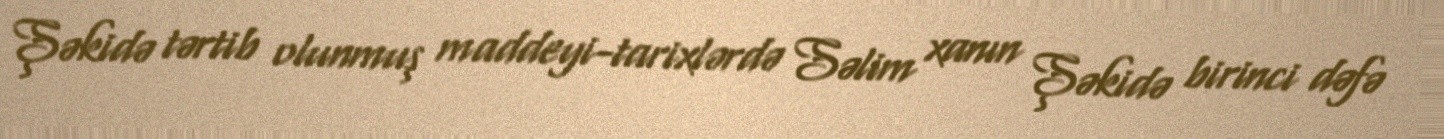
Şəkidə tərtib olunmuş maddeyi-tarixlərdə Səlim xanın Şəkidə birinci dəfə